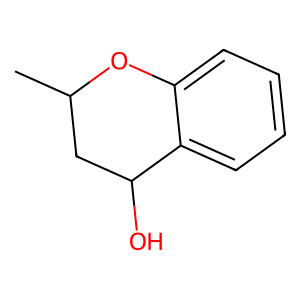
SMILES: CC1CC(O)c2ccccc2O1
Inhibits HIV replication: No